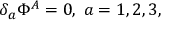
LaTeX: \delta _ { a } \Phi ^ { A } = 0 , \; a = 1 , 2 , 3 ,